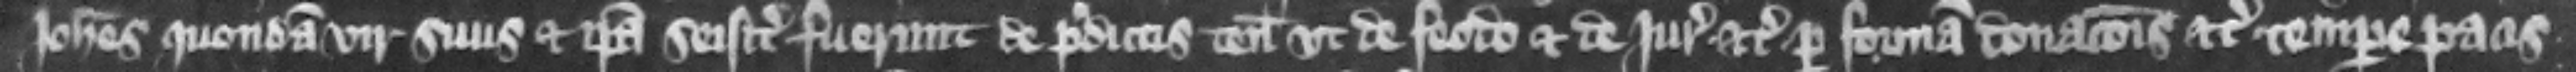
Iohannes quondam vir suus et ipsa seisiti fuerunt de predictis tenementis vt de feodo et de iure etc. per formam donacionis etc. tempore pacis